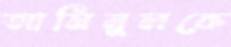
আমিনুলকে